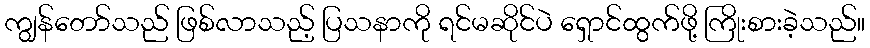
ကျွန်တော်သည် ဖြစ်လာသည့် ပြသနာကို ရင်မဆိုင်ပဲ ရှောင်ထွက်ဖို့ ကြိုးစားခဲ့သည်။